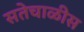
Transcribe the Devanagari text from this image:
सतेचाळीस